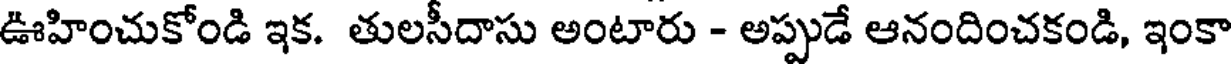
ఊహించుకోండి ఇక. తులసీదాసు అంటారు - అప్పుడే ఆనందించకండి, ఇంకా